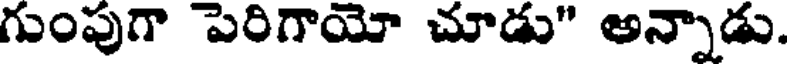
గుంపుగా పెరిగాయో చూడు" అన్నాడు.